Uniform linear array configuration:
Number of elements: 16
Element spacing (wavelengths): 1
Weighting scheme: exponential
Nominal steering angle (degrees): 15
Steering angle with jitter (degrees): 16.931
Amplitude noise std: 0.05
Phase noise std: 0.05

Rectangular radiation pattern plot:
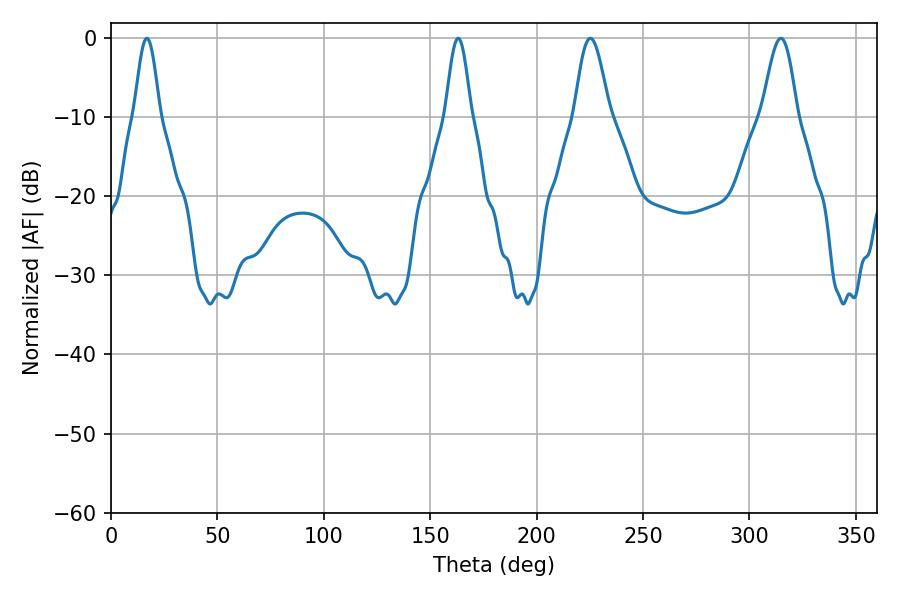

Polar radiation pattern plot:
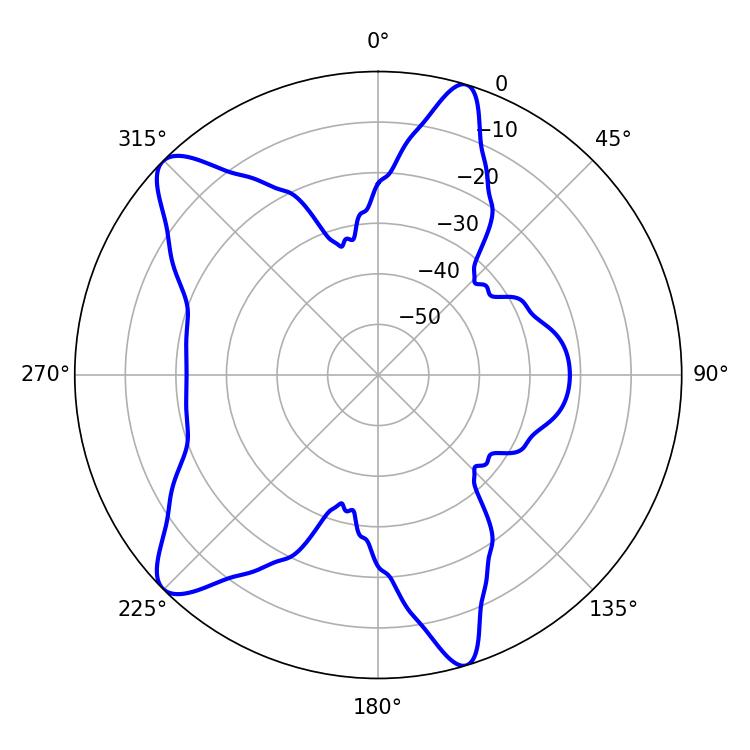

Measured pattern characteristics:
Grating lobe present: TRUE
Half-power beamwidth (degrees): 8.82
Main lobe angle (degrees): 225.18